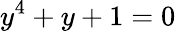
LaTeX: y^{4}+y+1=0